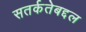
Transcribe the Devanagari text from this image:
सतर्कतेबद्दल